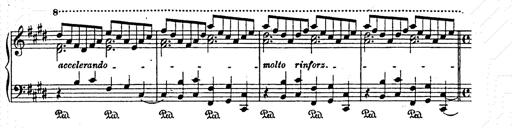
Title: AnnÃ©es de pÃ¨lerinage II
Composer: Franz Liszt